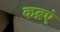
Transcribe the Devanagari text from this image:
कब्रएं